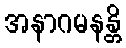
အနာဂမနန္တိ